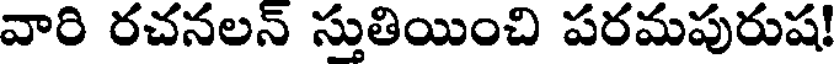
వారి రచనలన్ స్తుతియించి పరమపురుష!